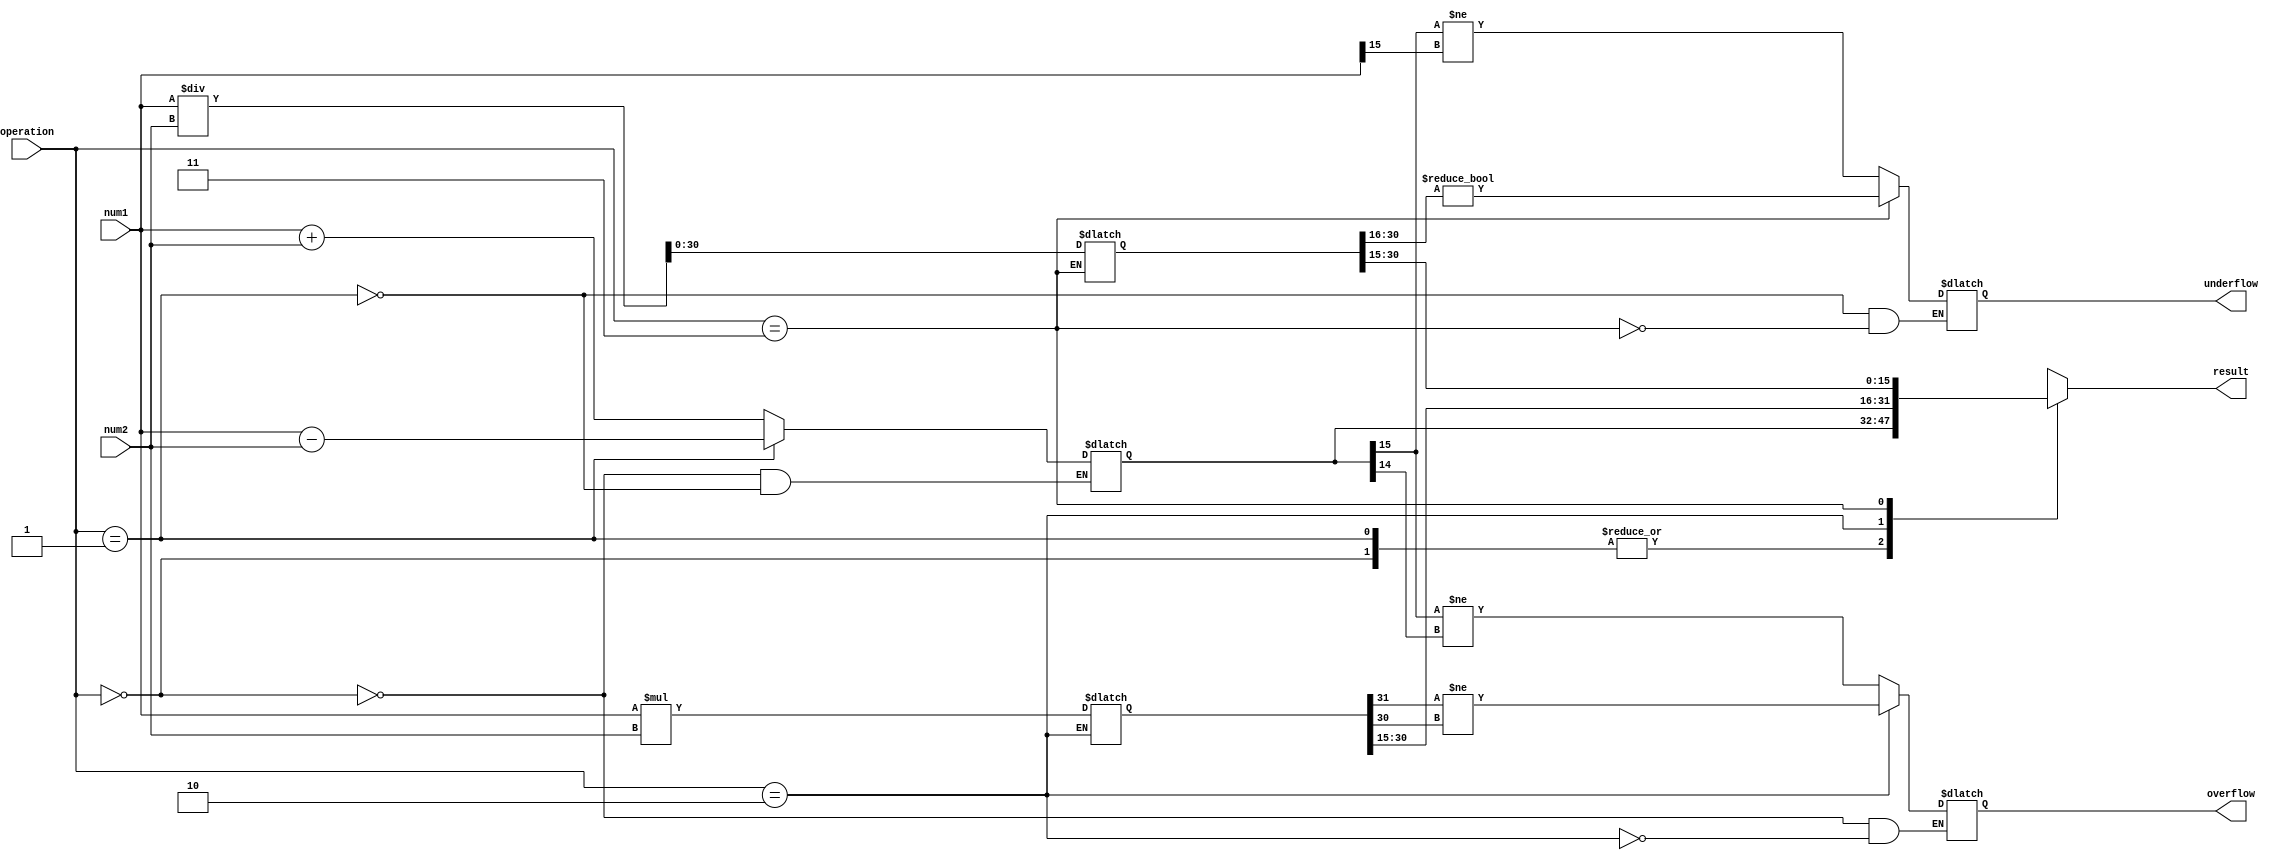
module half_precision_float_unit(
    input [15:0] num1,
    input [15:0] num2,
    input [1:0] operation, // 00: addition, 01: subtraction, 10: multiplication, 11: division
    output reg [15:0] result,
    output reg overflow,
    output reg underflow
);

// Arithmetic blocks
reg [15:0] add_result;
reg [31:0] mul_result;
reg [31:0] div_result;

// Control unit
always @(*)
begin
    case(operation)
        2'b00: // Addition
            begin
                add_result <= num1 + num2;
                result <= add_result[15:0];
                // Handle overflow
                overflow <= (add_result[15] != add_result[14]);
            end
        2'b01: // Subtraction
            begin
                add_result <= num1 - num2;
                result <= add_result[15:0];
                // Handle underflow
                underflow <= (add_result[15] != num1[15]);
            end
        2'b10: // Multiplication
            begin
                mul_result <= num1 * num2;
                result <= mul_result[30:15];
                // Handle overflow
                overflow <= (mul_result[31] != mul_result[30]);
            end
        2'b11: // Division
            begin
                div_result <= num1 / num2;
                result <= div_result[30:15];
                // Handle underflow
                underflow <= (div_result[30:16] != 0);
            end
    endcase
end

endmodule